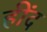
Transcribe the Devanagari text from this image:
हींद